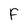
Character: F